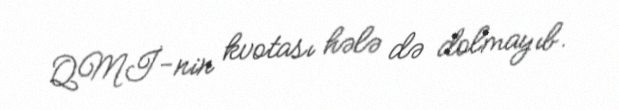
QMİ-nin kvotası hələ də dolmayıb.